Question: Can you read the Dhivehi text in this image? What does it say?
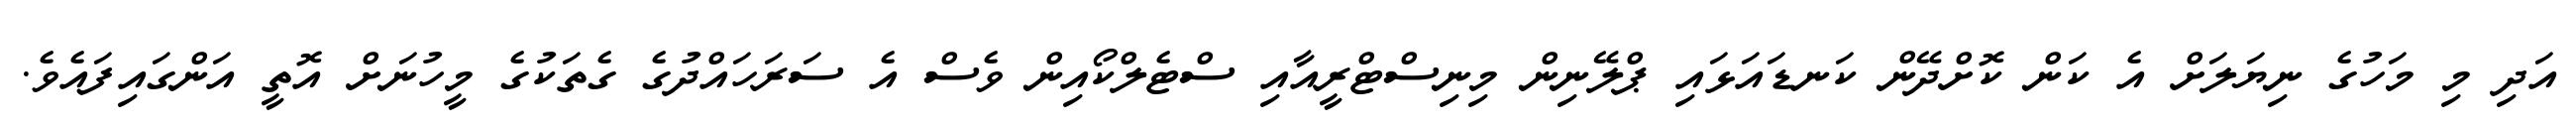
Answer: އަދި މި މަހުގެ ނިޔަލަށް އެ ކަން ކޮށްދޭން ކަނޑައަޅައި ޕްލޭނިން މިނިސްޓްރީއާއި ސްޓެލްކޯއިން ވެސް އެ ސަރަހައްދުގެ ގެތަކުގެ މީހުނަށް އޮތީ އަންގައިފައެވެ.